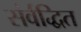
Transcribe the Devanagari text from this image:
संर्वद्धित